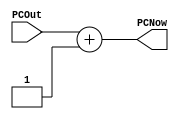
// Revision 0.01 - `timescale 1ns / 1ps
//////////////////////////////////////////////////////////////////////////////////
// Company: 
// Engineer: 
// 
// Design Name: 
// Module Name: adder
// Project Name: 
// Target Devices: 
// Tool Versions: 
// Description: 
// 
// Dependencies: 
// 
// Revision:
//File Created
// Additional Comments:
// 
//////////////////////////////////////////////////////////////////////////////////


module adder(PCOut, PCNow);
input [31:0] PCOut;
output reg [31:0] PCNow;
always@(*) begin
PCNow = PCOut + 1; 
end
endmodule